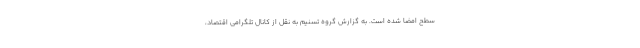
سطح امضا شده است. به گزارش گروه تسنیم به نقل از کانال تلگرامی اقتصاد،